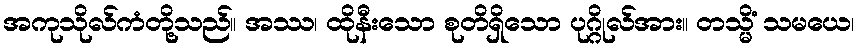
အကုသိုလ်ကံတို့သည်။ အဿ၊ ထိုနီးသော စုတိရှိသော ပုဂ္ဂိုလ်အား။ တသ္မိံ သမယေ၊